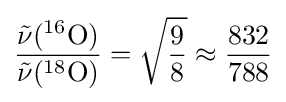
{\frac {{\tilde {\nu }}(^{16}\mathrm {O} )}{{\tilde {\nu }}(^{18}\mathrm {O} )}}={\sqrt {\frac {9}{8}}}\approx {\frac {832}{788}}